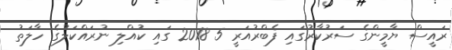
ރައީސް ޔާމީންގެ ސަރުކާރުގައި ފެބްރުއަރީ 5 2018 ގައި ކުއްލި ނުރައްކަލުގެ ހާލަތު